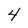
Character: 4